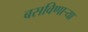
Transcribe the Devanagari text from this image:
बसविणार्‍या